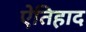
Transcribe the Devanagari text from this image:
ऐतिहाद